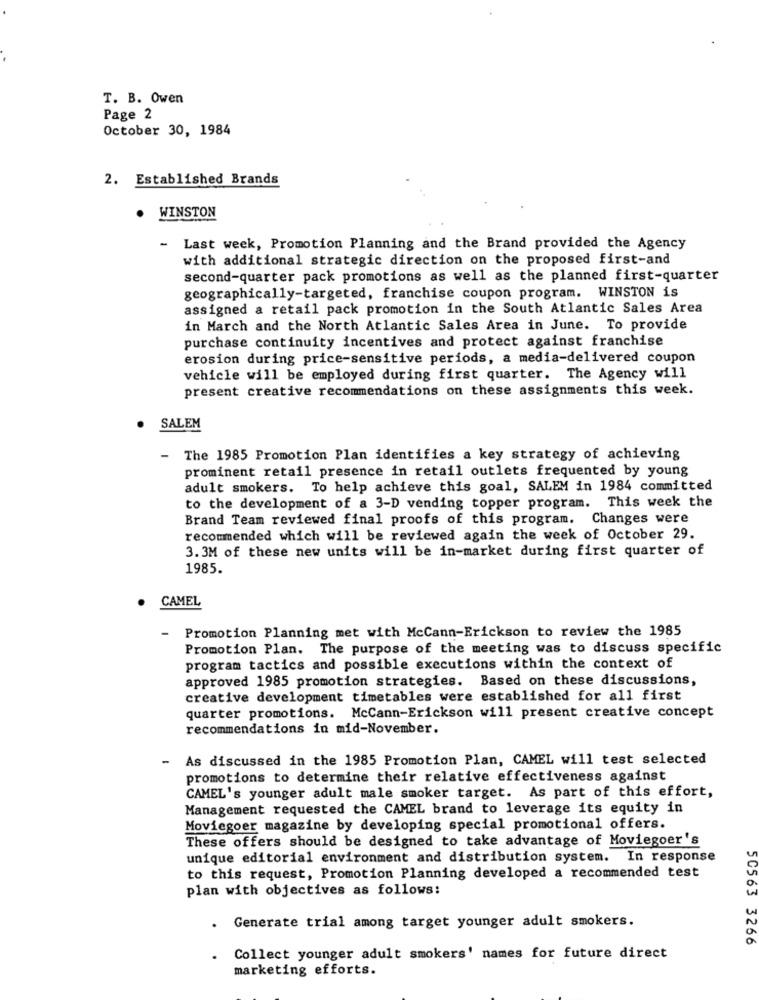
T. B. Owen
Page 2
October 30, 1984
2. Established Brands
. WINSTON
- Last week, Promotion Planning and the Brand provided the Agency
with additional strategic direction on the proposed first-and
second-quarter pack promotions as well as the planned first-quarter
geographically-targeted, franchise coupon program. WINSTON is
assigned a retail pack promotion in the South Atlantic Sales Area
in March and the North Atlantic Sales Area in June. To provide
purchase continuity incentives and protect against franchise
erosion during price-sensitive periods, a media-delivered coupon
vehicle will be employed during first quarter. The Agency will
present creative recommendations on these assignments this week.
SALEM
- The 1985 Promotion Plan identifies a key strategy of achieving
prominent retail presence in retail outlets frequented by young
adult smokers. To help achieve this goal, SALEM in 1984 committed
to the development of a 3-D vending topper program. This week the
Brand Team reviewed final proofs of this program. Changes were
recommended which will be reviewed again the week of October 29.
3.3M of these new units will be in-market during first quarter of
1985.
CAMEL
Promotion Planning met with McCann-Erickson to review the 1985
-
Promotion Plan. The purpose of the meeting was to discuss specific
program tactics and possible executions within the context of
approved 1985 promotion strategies. Based on these discussions,
creative development timetables were established for all first
quarter promotions. McCann-Erickson will present creative concept
recommendations in mid-November.
- As discussed in the 1985 Promotion Plan, CAMEL will test selected
promotions to determine their relative effectiveness against
CAMEL's younger adult male smoker target. As part of this effort,
Management requested the CAMEL brand to leverage its equity in
Moviegoer magazine by developing special promotional offers.
These offers should be designed to take advantage of Moviegoer's
unique editorial environment and distribution system. In response
to this request, Promotion Planning developed a recommended test
plan with objectives as follows:
Generate trial among target younger adult smokers.
50563 3266
Collect younger adult smokers' names for future direct
marketing efforts.